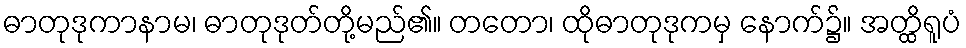
ဓာတုဒုကာနာမ၊ ဓာတုဒုတ်တို့မည်၏။ တတော၊ ထိုဓာတုဒုကမှ နောက်၌။ အတ္ထိရူပံ